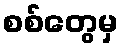
စစ်တွေမှ